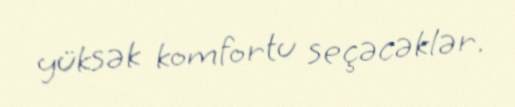
yüksək komfortu seçəcəklər.